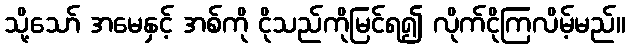
သို့သော် အမေနှင့် အစ်ကို ငိုသည်ကိုမြင်ရ၍ လိုက်ငိုကြလိမ့်မည်။